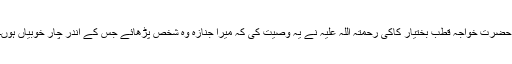
حضرت خواجہ قطب بختیار کاکی رحمتہ اللہ علیہ نے یہ وصیت کی کہ میرا جنازہ وہ شخص پڑھائے جس کے اندر چار خوبیاں ہوں۔